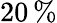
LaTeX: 20\, \%